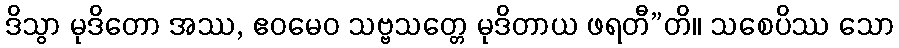
ဒိသွာ မုဒိတော အဿ, ဧဝမေဝ သဗ္ဗသတ္တေ မုဒိတာယ ဖရတီ”တိ။ သစေပိဿ သော